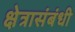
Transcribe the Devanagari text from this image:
क्षेत्रासंबंधी